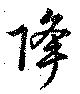
降